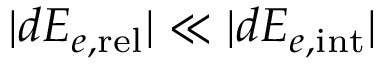
| d { \cal E } _ { e , \mathrm { r e l } } | \ll | d { \cal E } _ { e , \mathrm { i n t } } |